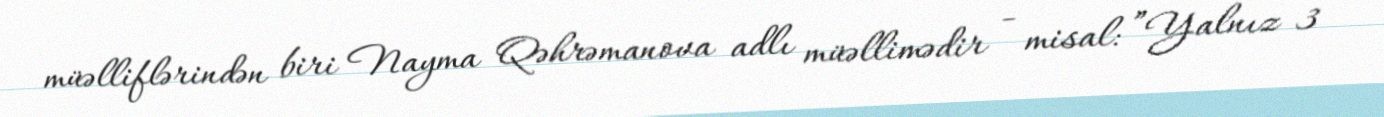
müəlliflərindən biri Nayma Qəhrəmanova adlı müəllimədir - misal: ”Yalnız 3